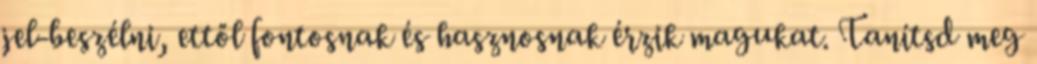
jel-beszélni, ettől fontosnak és hasznosnak érzik magukat. Tanítsd meg